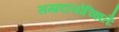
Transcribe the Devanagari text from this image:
सम्प्रदायोच्झितैः